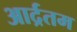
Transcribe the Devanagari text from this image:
आर्द्रतम